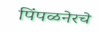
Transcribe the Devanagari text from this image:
पिंपळनेरचे